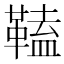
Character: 𩌍